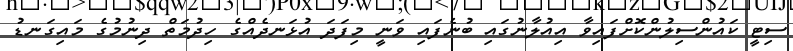
ސިޓީ ކައުންސިލުންކޮށްފައިވާ އިއުލާނުގައި ބުނެފައި ވަނީ މިފަދަ އުޅަނދެއްގެ ހިދުމަތް ދިނުމުގެ މައިގަނޑު